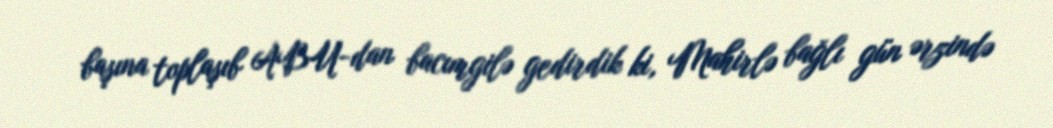
başına toplaşıb ABU-dan bacımgilə gedirdik ki, Mahirlə bağlı gün ərzində